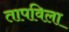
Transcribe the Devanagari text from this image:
तापविला